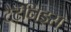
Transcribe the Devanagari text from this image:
टैटॅनिड्स